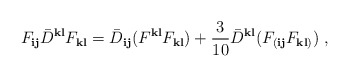
\begin{align*}F_{{\mathbf i}{\mathbf j}} {\bar D}^{{\mathbf k}{\mathbf l}}F_{{\mathbf k}{\mathbf l}} = {\bar D}_{{\mathbf i}{\mathbf j}}(F^{{\mathbf k}{\mathbf l}}F_{{\mathbf k}{\mathbf l}} ) + \frac{3}{10} {\bar D}^{{\mathbf k}{\mathbf l}}( F_{({\mathbf i}{\mathbf j}}F_{{\mathbf k}{\mathbf l})})\ , \end{align*}